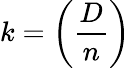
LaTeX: k=\left({\frac{D}{n}}\right)